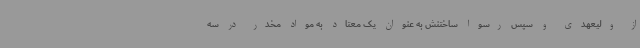
از ولیعهدی و سپس رسوا ساختنش به عنوان یک معتاد به مواد مخدر در سه